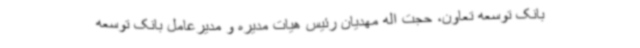
بانک توسعه تعاون، حجت اله مهدیان رئیس هیات مدیره و مدیرعامل بانک توسعه